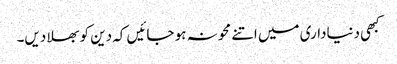
کبھی دنیاداری میں اتنے محو نہ ہو جائیں کہ دین کو بھلا دیں۔